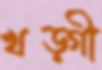
খড়্গী